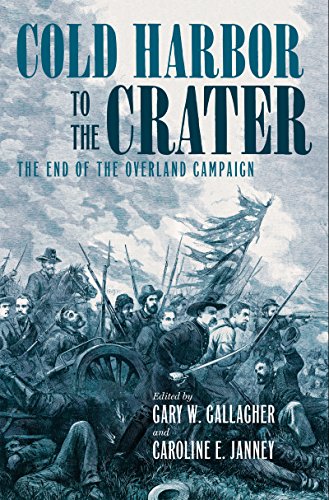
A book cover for Cold Harbor to the Crater: The End of the Overland Campaign (Military Campaigns of the Civil War); History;